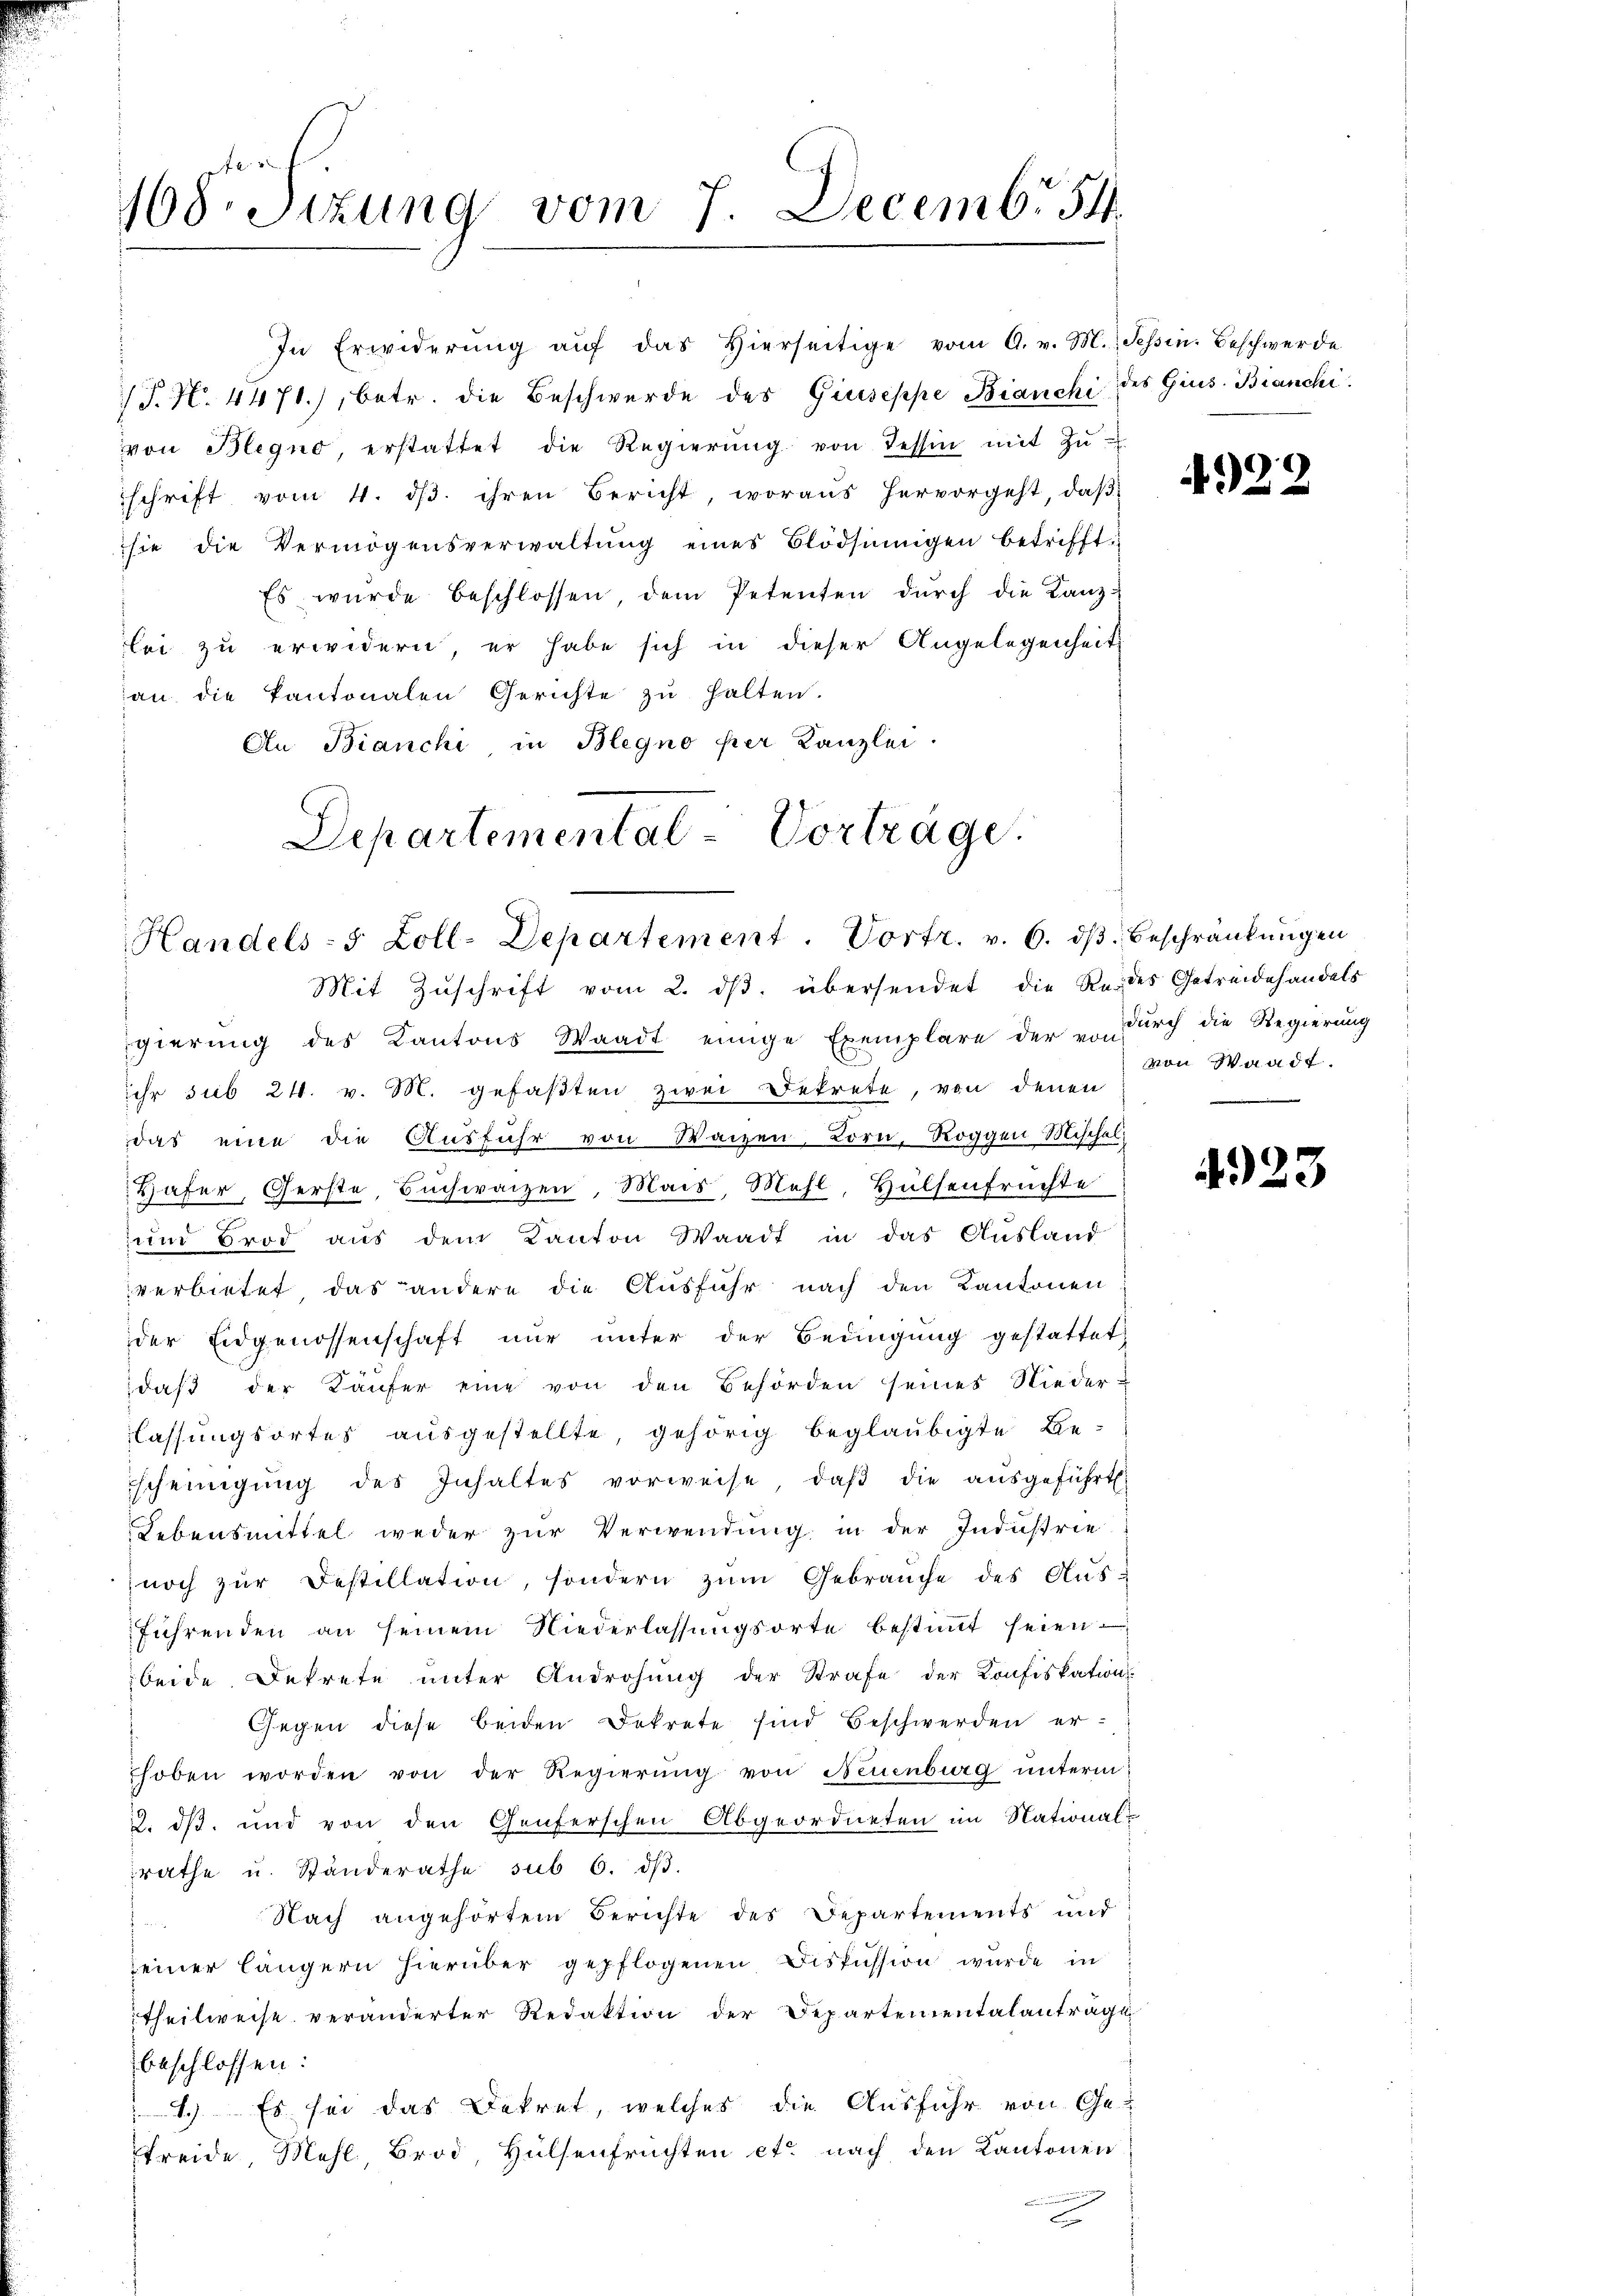
/T. N. 4471), betr. die Beschwerde des Giuseppe Bianchi des Gius. Bianchi
von Blegno, erstattet die Regierŭng von Tessin mit Zŭ-
schrift vom 4. dβ. ihren Bericht, woraus hervorgeht, daβ
sie die Vermögensverwaltŭng eines Blödsinnigen betrifft.
Es wurde beschlossen dem Petenten dŭrch die Lanz-
lei zu erwidern, er habe sich in dieser Angelegenheit
an die Kantonalen Gerichte zŭ halten.
An Bianchi, in Blegno per Kanzlei.
Departemental-Vorträge

168. Situng vom 7. Decembr 54

In Erwiderŭng aŭf das hierseitige vom A. v. M., Tessin. Beschwerde

Handels- 5 Zoll-Departement. Vortr. v. 6. dβ. Beschränkungen

Mit Zŭschrift vom 2. dβ übersendet die Redes Getreidehandels
gierŭng des Kantons Waadt einige Exemplare der u. durch die Regierung
ihr sub 24. v. M. gefaßten zwei Dekrete, von denen
das eine die Aŭsführ von Waizen Lorn, Roggen Mischel
Hafer, Gerste, Buchwarzen, Mais, Mehl, Hülsenfrüchte
ŭmd Brod aŭs dem Kanton Waadt in das Aŭsland
verbietet, das andere die Ausführ nach den Kantonen
der Eidgenossenschaft nur unter der Bedingung gestattet,
daß der Käufer eine von den Behörden seines Nieder-
lassungsortes ausgestellte, gehörig beglaubigte Be-
scheinigŭng des Inhaltes vorweise, daβ die aŭsgeführt.
Lebensmittel weder zur Verwendung in der Industrie
noch zŭr Bestellation, sondern zŭm Gebrauche des Ausführenden an seinem Niederlassungsorte bestimmt seien
beide Dekrete unter Androhung der Strafe der Konfiskations
Gegen diese beiden Dekrete sind Beschwerden er-
hoben worden von der Regierŭng von Neuenburg unterm
2. ds, und von den Genferschen Abgeordneten im National-
rathe u. Ständerathe sub 6. dβ.
Nach angehörtem Berichte des Departements und
seiner längern hierüber gepflogenen Diskussion wurde in
theilweise veränderter Redaktion der Departementalanträge
beschlossen:
4.) Es sei das Dekret, welches die Ausfuhr von Ge-
Ffreide, Mehl, Brod, Hülsenfrüchten et nach den Kantonen
.

4922

von Waadt.

4923